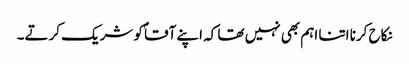
نکاح کرنا اتنا اہم بھی نہیں تھا کہ اپنے آقاؐ کو شریک کرتے۔